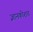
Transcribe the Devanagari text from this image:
ज्ञानकोशच